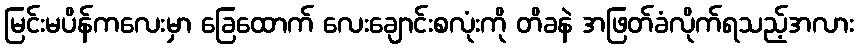
မြင်းမပိန်ကလေးမှာ ခြေထောက် လေးချောင်းစလုံးကို တိခနဲ အဖြတ်ခံလိုက်ရသည့်အလား